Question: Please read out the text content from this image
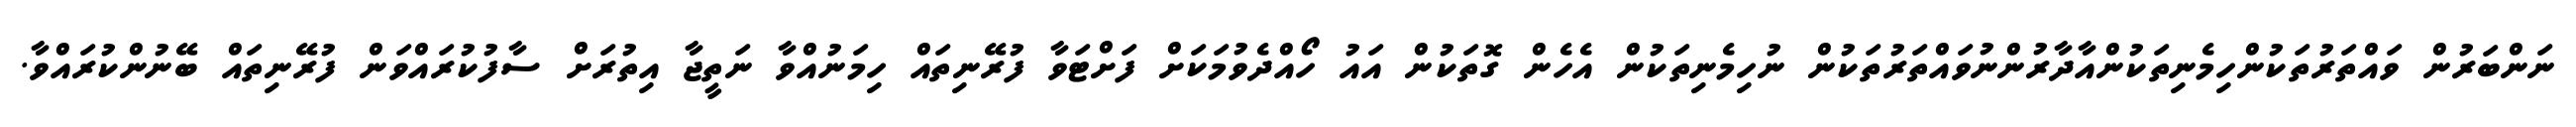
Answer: ނަންބަރުން ވައްތަރުތަކުންހިމެނިތަކުންއާދާރުންނުވައްތަރުތަކުން ނުހިމެނިތަކުން އެހެން ގޮތަކުން އައު ހޯއްދެވުމަކަށް ފަށްޓަވާ ފުރޭނިތައް ހިމަނުއްވާ ނަތީޖާ އިތުރަށް ސާފުކުރައްވަން ފުރޭނިތައް ބޭނުންކުރައްވާ.